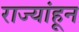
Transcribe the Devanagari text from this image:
राज्यांहून